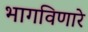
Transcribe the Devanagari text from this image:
भागविणारे